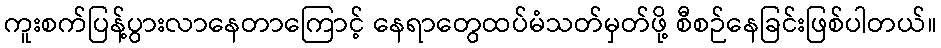
ကူးစက်ပြန့်ပွားလာနေတာကြောင့် နေရာတွေထပ်မံသတ်မှတ်ဖို့ စီစဉ်နေခြင်းဖြစ်ပါတယ်။